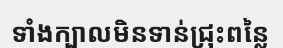
ទាំងក្បាលមិនទាន់ជ្រុះពន្លៃ